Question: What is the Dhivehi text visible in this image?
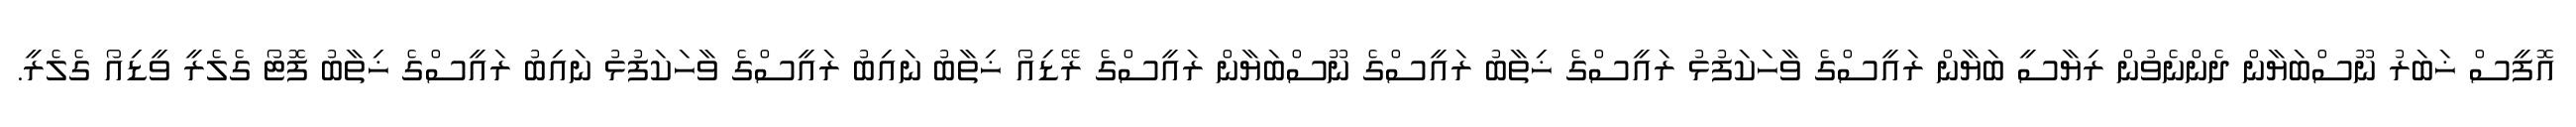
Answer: އޮފީސް ޚަބަރު ނޫސްބަޔާން ދެންނެވުން ރިޔާސީ ބަޔާން ރައީސްގެ ވާހަކަފުޅު ރައީސްގެ ޚިތާބު ރައީސްގެ ނޫސްބަޔާން ރައީސްގެ ރޭޑިއޯ ޚިތާބު ނައިބު ރައީސްގެ ވާހަކަފުޅު ނައިބު ރައީސްގެ ޚިތާބު ފޮޓޯ ގެލެރީ ވީޑިއޯ ގެލެރީ.